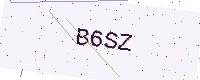
Text: B6SZ